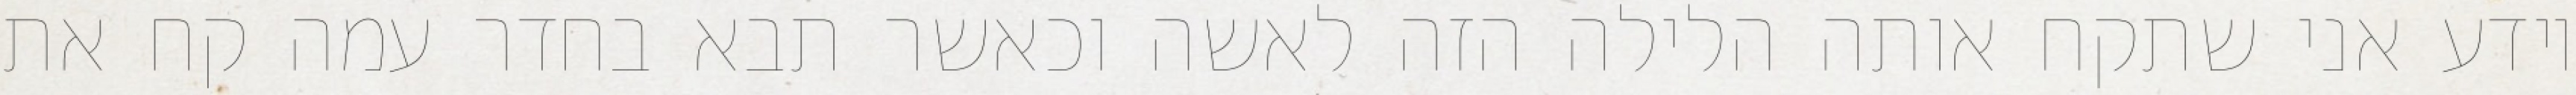
יודע אני שתקח אותה הלילה הזה לאשה וכאשר תבא בחדר עמה קח את